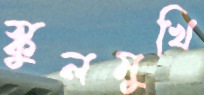
স্কুলমুখি